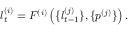
l _ { t } ^ { ( i ) } = F ^ { ( i ) } \left( \{ l _ { t - 1 } ^ { ( j ) } \} , \{ p ^ { ( j ) } \} \right) .